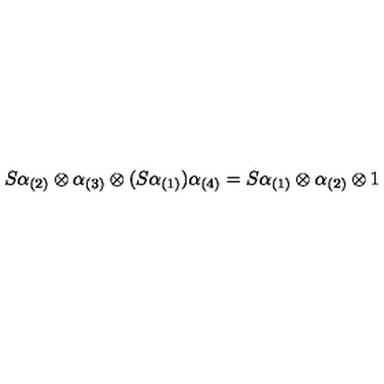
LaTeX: S \alpha _ { ( 2 ) } \otimes \alpha _ { ( 3 ) } \otimes ( S \alpha _ { ( 1 ) } ) \alpha _ { ( 4 ) } = S \alpha _ { ( 1 ) } \otimes \alpha _ { ( 2 ) } \otimes 1